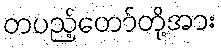
တပည့်တော်တို့အား